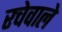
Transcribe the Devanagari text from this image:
रचेवाले